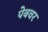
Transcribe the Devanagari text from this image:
पेबवर